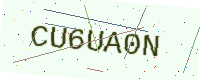
Text: CU6UA0N